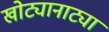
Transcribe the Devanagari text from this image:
खोट्यानाट्या